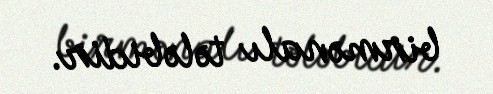
birmənalı tələbidir.